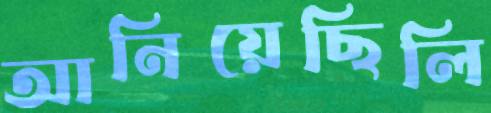
আনিয়েছিলি